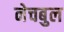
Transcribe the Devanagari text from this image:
नेचबुल